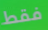
فقط